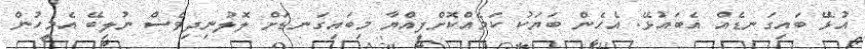
އުޅޭ ބައިގަނޑެއް އެބައުޅޭ. އެހެން ބަޔަކު ކަމެއްކޮށްފީއްޔާ މިބައިގަނޑަށް ލޮލުނިދިވެސް ނުލިބޭ އެމީހުން